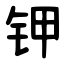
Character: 钾